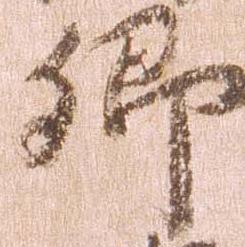
郷